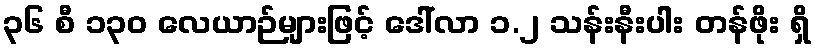
၃၆ စီ ၁၃၀ လေယာဉ်များဖြင့် ဒေါ်လာ ၁.၂ သန်းနီးပါး တန်ဖိုး ရှိ